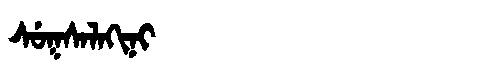
Manchu: ᠰᡠᡴᠰᠠᠯᠠᡴᡳᠨᡳ
Romanization: SUKSALAKINI